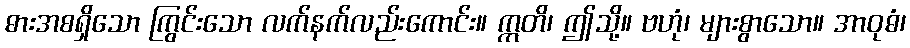
ဓားအစရှိသော ကြွင်းသော လက်နက်လည်းကောင်း။ ဣတိ၊ ဤသို့။ ဗဟုံ၊ များစွာသော။ အာဝုဓံ၊